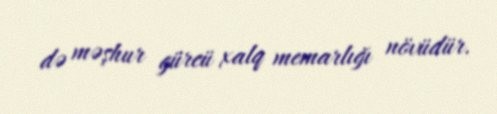
də məşhur gürcü xalq memarlığı növüdür.